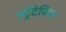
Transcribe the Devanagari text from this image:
स्ट्रॅटेजिक